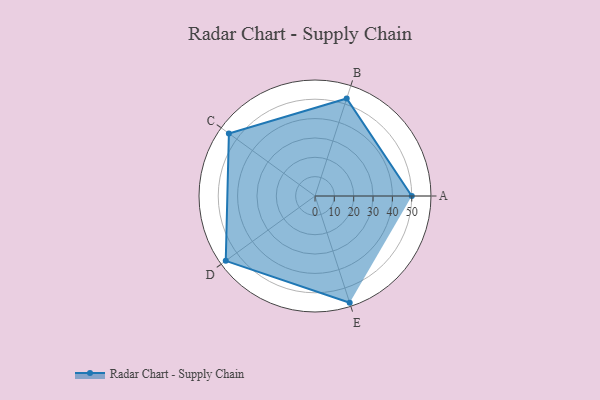
{"axis": {"x": "Skill", "y": "Score"}, "legend": ["Profile"], "data": [{"x": "A", "y": 50.0, "type": "Profile"}, {"x": "B", "y": 53.0, "type": "Profile"}, {"x": "C", "y": 55.0, "type": "Profile"}, {"x": "D", "y": 57.0, "type": "Profile"}, {"x": "E", "y": 58.0, "type": "Profile"}]}